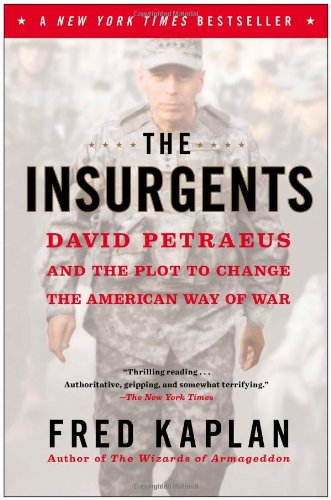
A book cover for The Insurgents: David Petraeus and the Plot to Change the American Way of War; Fred Kaplan; History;